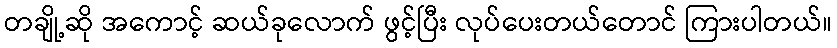
တချို့ဆို အကောင့် ဆယ်ခုလောက် ဖွင့်ပြီး လုပ်ပေးတယ်တောင် ကြားပါတယ်။